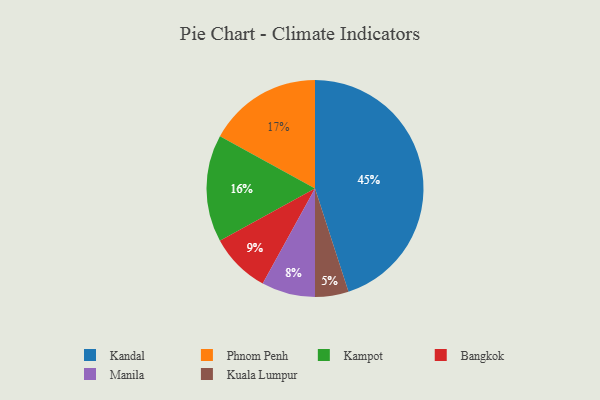
{"axis": {"x": "Category", "y": "Percentage"}, "legend": ["Bangkok", "Kampot", "Kandal", "Kuala Lumpur", "Manila", "Phnom Penh"], "data": [{"x": "Kuala Lumpur", "y": 5, "type": "Kuala Lumpur"}, {"x": "Manila", "y": 8, "type": "Manila"}, {"x": "Phnom Penh", "y": 17, "type": "Phnom Penh"}, {"x": "Kampot", "y": 16, "type": "Kampot"}, {"x": "Kandal", "y": 45, "type": "Kandal"}, {"x": "Bangkok", "y": 9, "type": "Bangkok"}]}